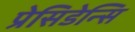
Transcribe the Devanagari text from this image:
प्रेसिडेन्सि